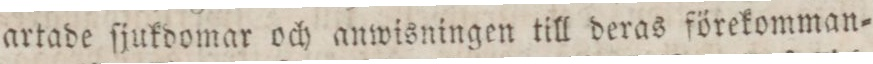
artade ſjukdomar och anwisningen till deras förekomman=